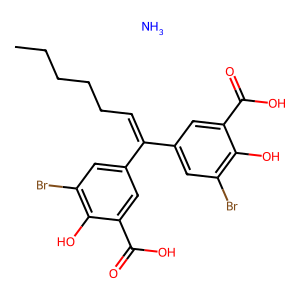
SMILES: CCCCCC=C(c1cc(Br)c(O)c(C(=O)O)c1)c1cc(Br)c(O)c(C(=O)O)c1.N
Inhibits HIV replication: No